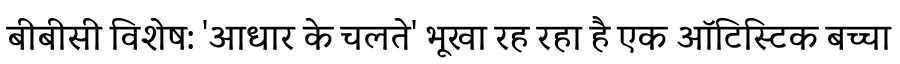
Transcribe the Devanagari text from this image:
बीबीसी विशेष: 'आधार के चलते' भूखा रह रहा है एक ऑटिस्टिक बच्चा